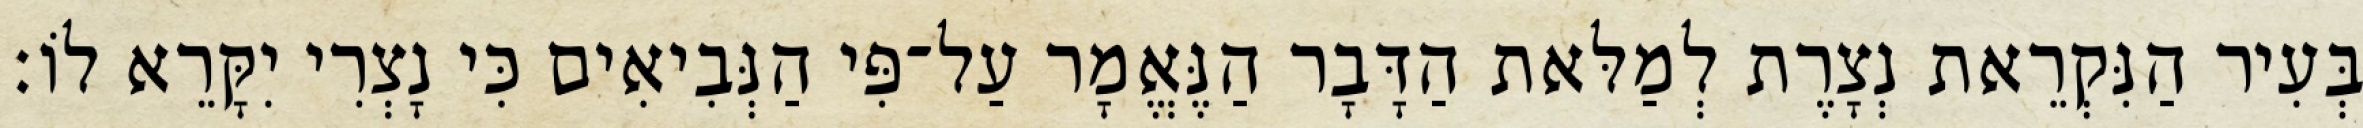
בְּעִיר הַנִּקְרֵאת נְצָרֶת לְמַלּאת הַדָּבָר הַנֶּאֱמָר עַל־פִּי הַנְּבִיאִים כִּי נָצְרִי יִקָּרֵא לוֹ׃